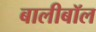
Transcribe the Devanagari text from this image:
बालीबॉल